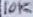
Text: 10K